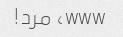
www، مرد!